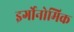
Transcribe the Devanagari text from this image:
इर्गोनोमिक